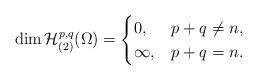
LaTeX: \begin{align*}\dim \mathcal{H}_{(2)}^{p,q}(\Omega)=\begin{cases}0, & p+q\not=n,\\\infty, & p+q=n.\end{cases}\end{align*}